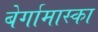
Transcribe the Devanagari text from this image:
बेर्गामास्का